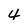
Character: 4